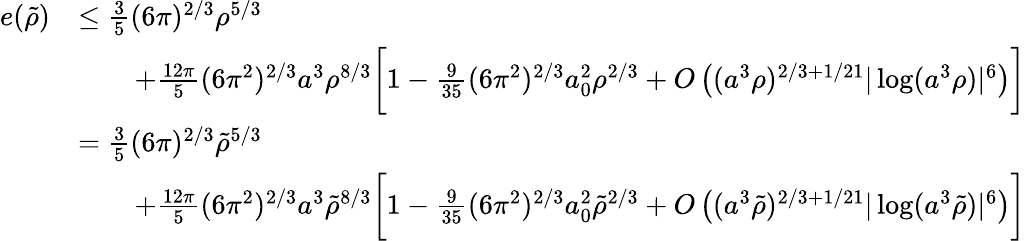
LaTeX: \begin{array}{rl}{e(\tilde{\rho})}&{\leq\frac{3}{5}(6\pi)^{2/3}\rho^{5/3}}\\ &{\qquad+\frac{12\pi}{5}(6\pi^{2})^{2/3}a^{3}\rho^{8/3}\biggl[1-\frac{9}{35}(6\pi^{2})^{2/3}a_{0}^{2}\rho^{2/3}+O\left((a^{3}\rho)^{2/3+1/21}|\log(a^{3}\rho)|^{6}\right)\biggr]}\\ &{=\frac{3}{5}(6\pi)^{2/3}\tilde{\rho}^{5/3}}\\ &{\qquad+\frac{12\pi}{5}(6\pi^{2})^{2/3}a^{3}\tilde{\rho}^{8/3}\biggl[1-\frac{9}{35}(6\pi^{2})^{2/3}a_{0}^{2}\tilde{\rho}^{2/3}+O\left((a^{3}\tilde{\rho})^{2/3+1/21}|\log(a^{3}\tilde{\rho})|^{6}\right)\biggr]}\end{array}